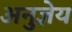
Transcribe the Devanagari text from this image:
अनुज्ञेय